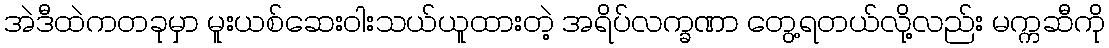
အဲဒီထဲကတခုမှာ မူးယစ်ဆေးဝါးသယ်ယူထားတဲ့ အရိပ်လက္ခဏာ တွေ့ရတယ်လို့လည်း မက္ကဆီကို